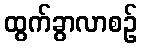
ထွက်ခွာလာစဉ်